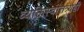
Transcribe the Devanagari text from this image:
व्यक्तिस्वांतत्र्यही